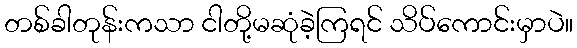
တစ်ခါတုန်းကသာ ငါတို့မဆုံခဲ့ကြရင် သိပ်ကောင်းမှာပဲ။